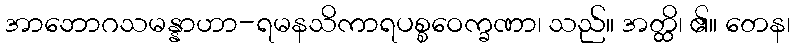
အာဘောဂသမန္နာဟာ-ရမနသိကာရပစ္စဝေက္ခဏာ၊ သည်။ အတ္ထိ၊ ၏။ တေန၊